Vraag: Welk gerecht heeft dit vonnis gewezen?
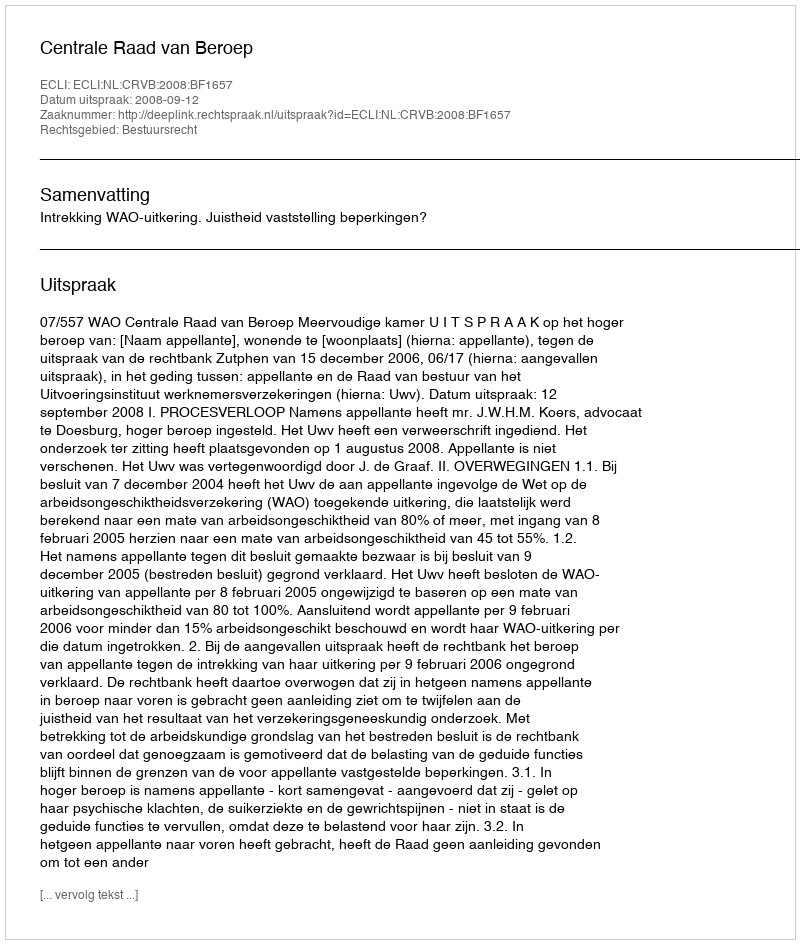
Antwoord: Centrale Raad van Beroep